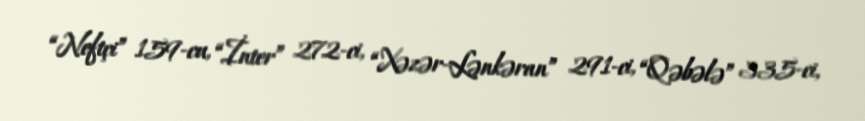
“Neftçi” 159-cu, “İnter” 272-ci, “Xəzər-Lənkəran” 291-ci, “Qəbələ” 335-ci,